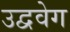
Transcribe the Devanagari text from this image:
उद्ववेग